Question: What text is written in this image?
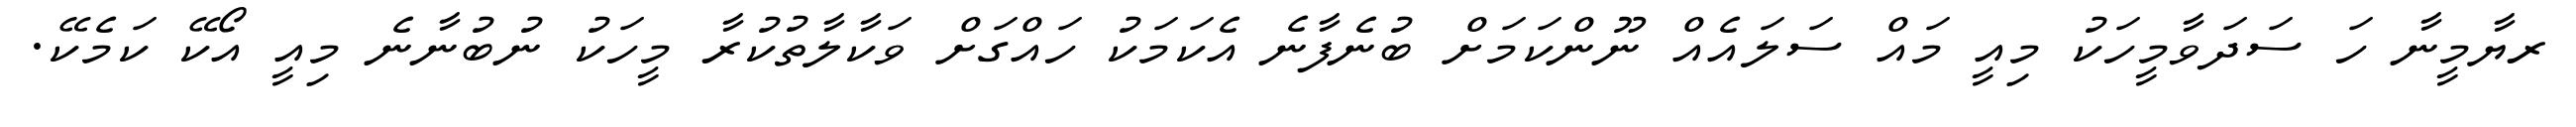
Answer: ރޔާމީނާ ހަ ސަދަވާމީހަކު މިއީ މައް ސަލައެއް ނޫންކަމަށް ބުނެފާނެ އެކަމަކު ހައްގަށް ވަކާލާތުކުރާ މީހަކު ނުބުނާނެ މިއީ އޯކޭ ކަމެކޭ.